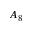
A _ { 8 }